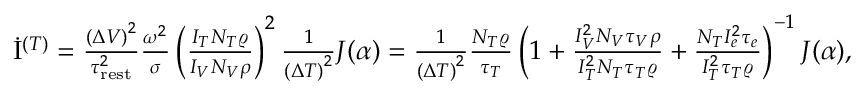
\begin{array} { r } { \dot { \mathrm { I } } ^ { ( T ) } = \frac { \left( \Delta V \right) ^ { 2 } } { \tau _ { \mathrm { r e s t } } ^ { 2 } } \frac { \omega ^ { 2 } } { \sigma } \left( \frac { I _ { T } N _ { T } \varrho } { I _ { V } N _ { V } \rho } \right) ^ { 2 } \frac { 1 } { \left( \Delta T \right) ^ { 2 } } J ( \alpha ) = \frac { 1 } { \left( \Delta T \right) ^ { 2 } } \frac { N _ { T } \varrho } { \tau _ { T } } \left( 1 + \frac { I _ { V } ^ { 2 } N _ { V } \tau _ { V } \rho } { I _ { T } ^ { 2 } N _ { T } \tau _ { T } \varrho } + \frac { N _ { T } I _ { e } ^ { 2 } \tau _ { e } } { I _ { T } ^ { 2 } \tau _ { T } \varrho } \right) ^ { - 1 } J ( \alpha ) , } \end{array}